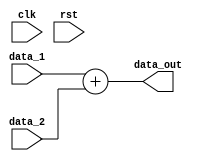
module adder_3_bit(clk,rst,data_1,data_2,data_out);
input clk,rst;
input [7:0] data_1;
input [7:0] data_2;
output [7:0] data_out;
assign data_out=data_1+data_2;
endmodule